Report of the Municipal Commissioner on the plague in Bombay for the year ending 31st May... - Volume 1
Disease focus: Plague
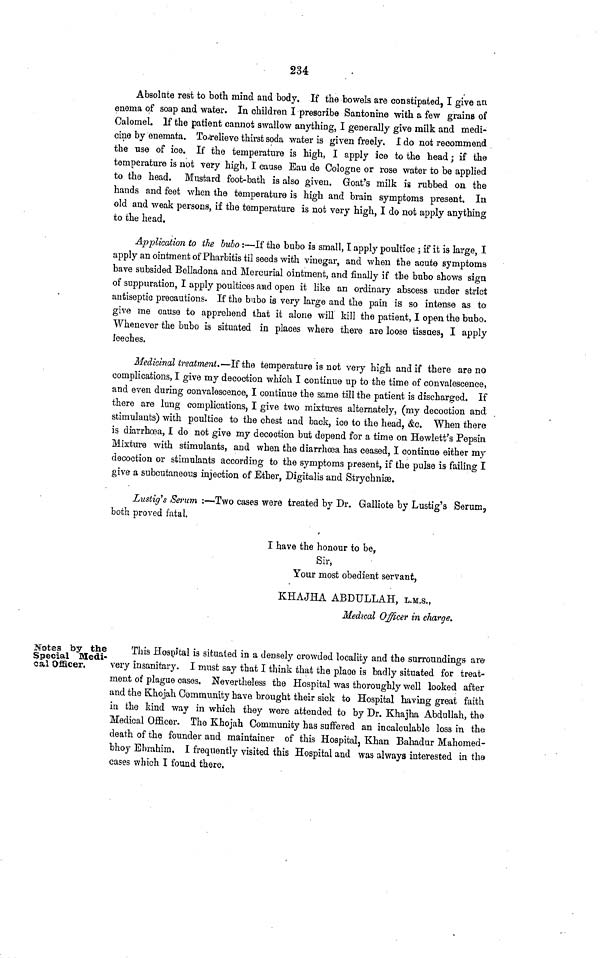
234
Absolute rest to both mind and body. If the bowels are constipated, I give an
enema of soap and water. In children I prescribe Santonine with a few grains of
Calomel. If the patient cannot swallow anything, I generally give milk and medi-
cine by enemata. To/illrelieve thirst soda water is given freely. I do not recommend
the use of ice. If the temperature is high, I apply ice to the head; if the
temperature is not very high, I cause Eau de Cologne or rose water to be applied
to the head. Mustard foot-bath is also given. Goat's milk is rubbed on the
hands and feet when the temperature is high and brain symptoms present. In
old and weak persons, if the temperature is not very high, I do not apply anything
to the head.
Application to the bubo:—If the bubo is small, I apply poultice; if it is large, I
apply an ointment of Pharbitis til seeds with vinegar, and when the acute symptoms
have subsided Belladona and Mercurial ointment, and finally if the bubo shows sign
of suppuration, I apply poultices aiad open it like an ordinary abscess under strict
antiseptic precautions. If the bubo is very large and the pain is so intense as to
give me cause to apprehend that it alone will kill the patient, I open the bubo.
Whenever the bubo is situated in places where there are loose tissues, I apply
leeches.
Medicinal treatment.—If the temperature is not very high and if there are no
complications, I give my decoction which I continue up to the time of convalescence,
and even during convalescence, I continue the same till the patient is discharged. If
there are lung complications, I give two mixtures alternately, (my decoction and
stimulants) with poultice to the chest and back, ice to the head, &c. When there
is diarrhoea, I do not give my decoction but depend for a time on Hewlett's Pepsin
Mixture with stimulants, and when the diarrhœa has ceased, I continue either my
decoction or stimulants according to the symptoms present, if the pulse is failing I
give a subcutaneous injection of Ether, Digitalis and Strychniæ.
Lustig's Serum:—Two cases were treated by Dr. Galliote by Lustig's Serum 7
both proved fatal.
I have the honour to be,
Sir,
Your most obedient servant,
KHAJHA ABDULLAH, L.M.S.,
Medical Officer in charge.
Notes by the
Special Medi-
cal Officer.
This Hospital is situated in a densely crowded locality and the surroundings are
very insanitary. I must say that I think that the place is badly situated for treat-
ment of plague cases. Nevertheless the Hospital was thoroughly well looked after
and the Khojah Community have brought their sick to Hospital having great faith
in the kind way in which they were attended to by Dr. Khajha Abdullah, the
Medical Officer. The Khojah Community has suffered an incalculable loss in the
death of the founder and maintainer of this Hospital, Khan Bahadur Mahomed-
bhoy Ebrahim. I frequently visited this Hospital and was always interested in tha
cases which I found there.